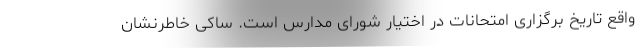
واقع تاریخ برگزاری امتحانات در اختیار شورای مدارس است. ساکی خاطرنشان